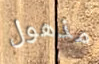
مذهول